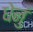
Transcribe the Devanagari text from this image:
धेनुं